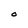
Character: O